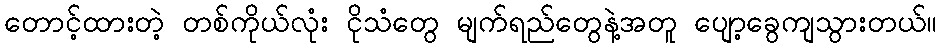
တောင့်ထားတဲ့ တစ်ကိုယ်လုံး ငိုသံတွေ မျက်ရည်တွေနဲ့အတူ ပျော့ခွေကျသွားတယ်။